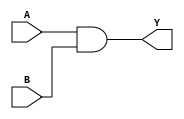
module DWC_mobile_storage_clk_and(
  /*AUTOARG*/
  // Outputs
  Y,
  // Inputs
  A, B
  );

  // --------------------------------------
  // Input and Output Port Declaration
  // --------------------------------------

  // Clocks
  input                        A;          // Clock0 input
  input                        B;          // Clock1 input

  output                       Y;          // clock output

  wire                         Y;

  assign Y = A & B;
endmodule